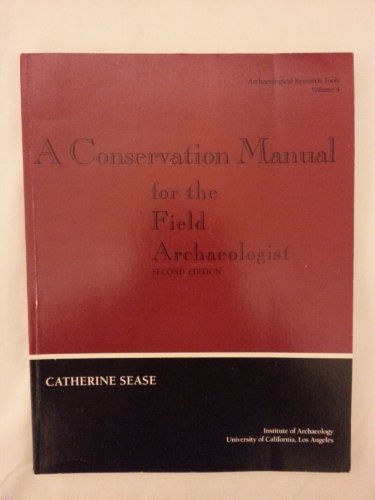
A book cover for A Conservation Manual for the Field Archaeologist (ARCHAEOLOGICAL RESEARCH TOOLS); Catherine Sease; Arts & Photography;